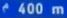
400 m